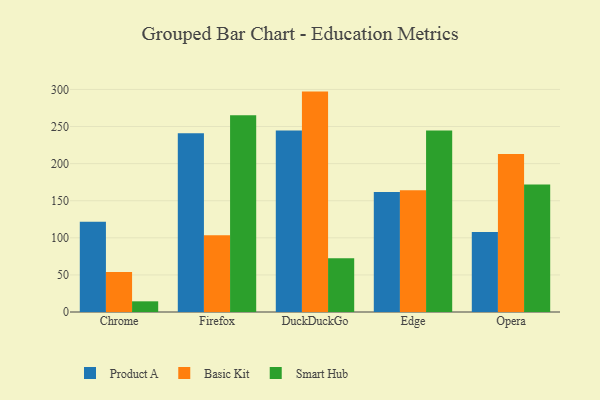
{"axis": {"x": "Browser", "y": "Population (Million)"}, "legend": ["Basic Kit", "Product A", "Smart Hub"], "data": [{"x": "Chrome", "y": 121.5, "type": "Product A"}, {"x": "Chrome", "y": 54.0, "type": "Basic Kit"}, {"x": "Chrome", "y": 14.4, "type": "Smart Hub"}, {"x": "Firefox", "y": 240.8, "type": "Product A"}, {"x": "Firefox", "y": 103.4, "type": "Basic Kit"}, {"x": "Firefox", "y": 265.1, "type": "Smart Hub"}, {"x": "DuckDuckGo", "y": 244.6, "type": "Product A"}, {"x": "DuckDuckGo", "y": 297.1, "type": "Basic Kit"}, {"x": "DuckDuckGo", "y": 72.3, "type": "Smart Hub"}, {"x": "Edge", "y": 161.7, "type": "Product A"}, {"x": "Edge", "y": 164.1, "type": "Basic Kit"}, {"x": "Edge", "y": 244.5, "type": "Smart Hub"}, {"x": "Opera", "y": 107.7, "type": "Product A"}, {"x": "Opera", "y": 213.1, "type": "Basic Kit"}, {"x": "Opera", "y": 171.9, "type": "Smart Hub"}]}